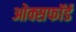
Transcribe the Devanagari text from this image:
ओक्सफॉर्ड